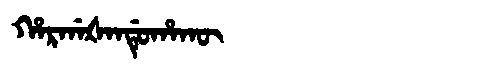
Manchu: ᡥᠠᡵᡤᠠᡧᠠᠨᡩᡠᡥᠠᡴᡡ
Romanization: HARGAŠANDUHAKŪ